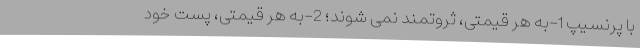
با پِرنسیپ 1-به هر قیمتی، ثروتمند نمی­ شوند؛ 2-به هر قیمتی، پُست خود